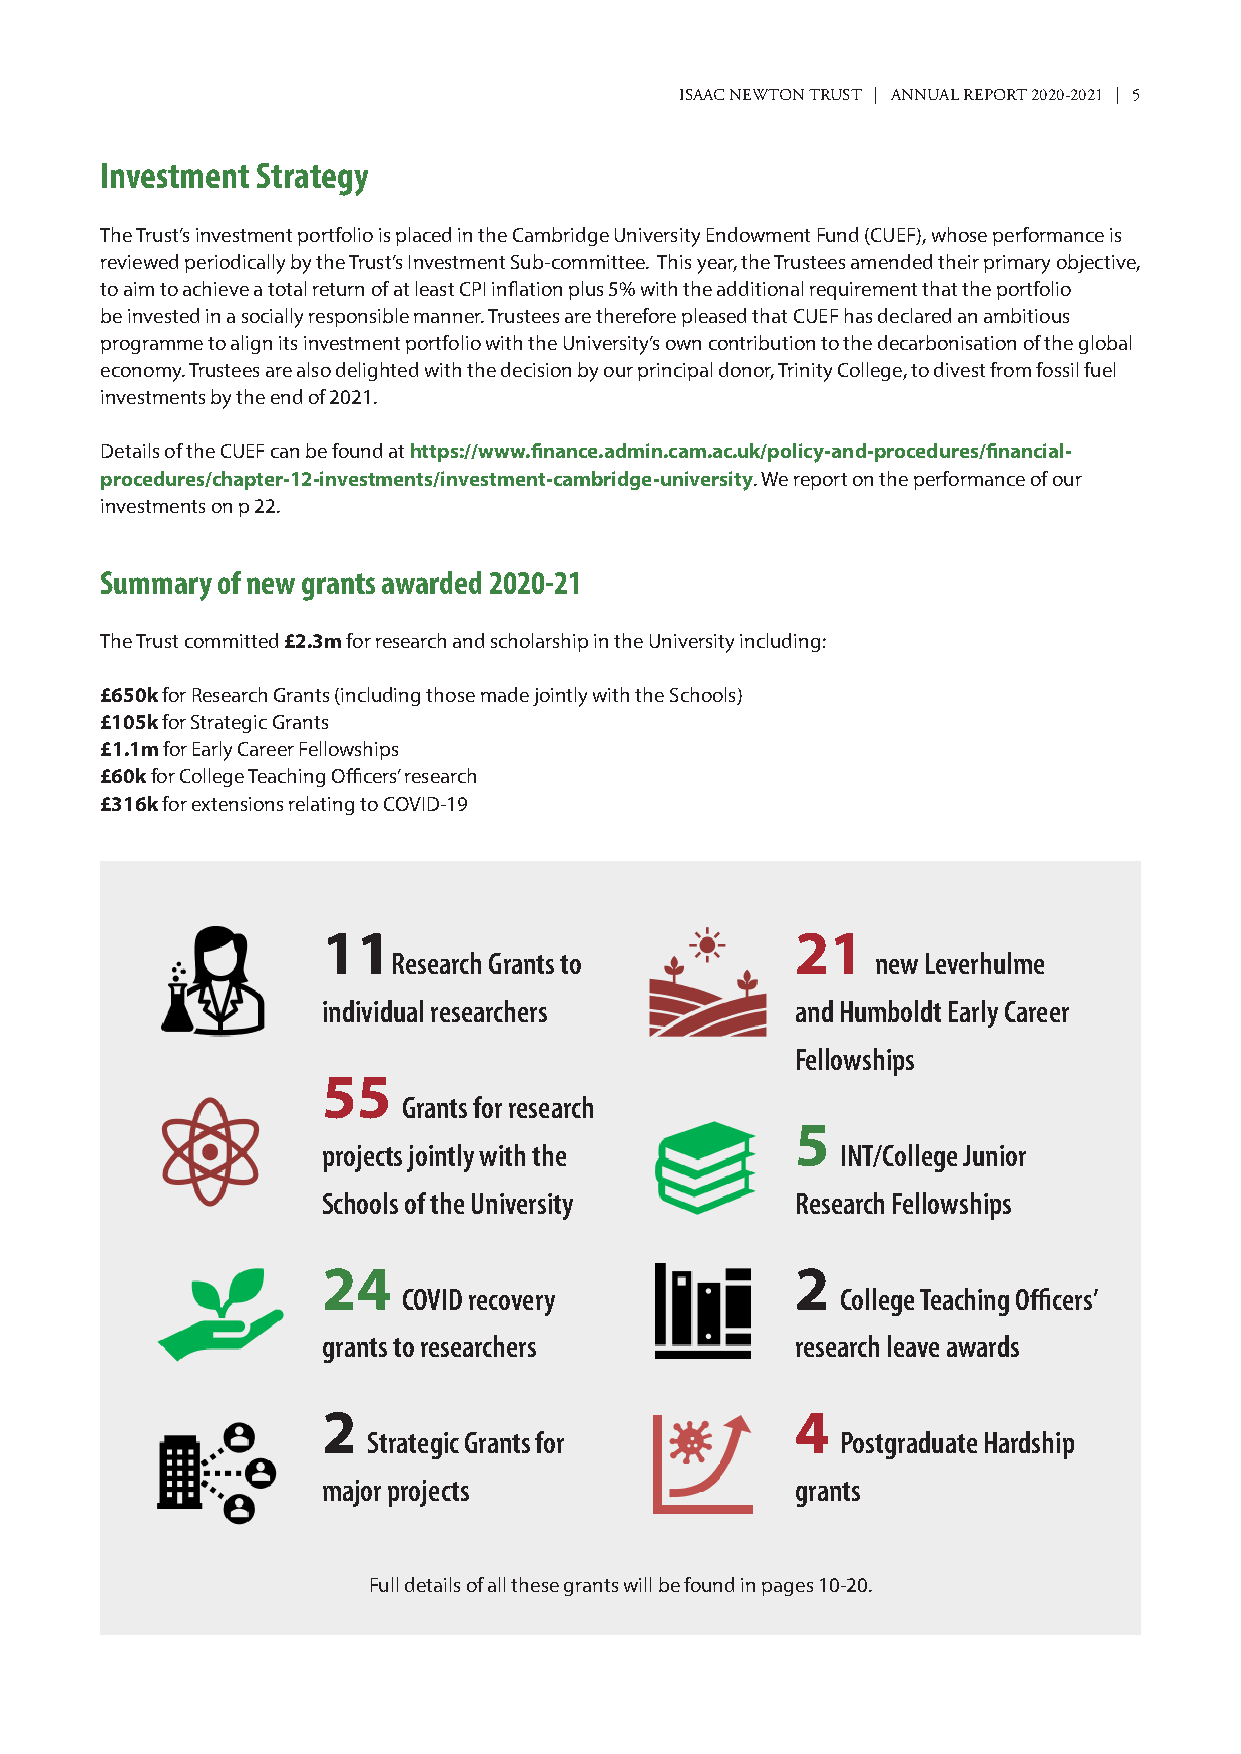
ISAAC NEWTON TRUST | ANNUAL REPORT 2020-2021 | 5
 Investment Strategy
 The Trust’s investment portfolio is placed in the Cambridge University Endowment Fund (CUEF), whose performance is
 reviewed periodically by the Trust’s Investment Sub-committee. This year, the Trustees amended their primary objective,
 to aim to achieve a total return of at least CPI inflation plus 5% with the additional requirement that the portfolio
 be invested in a socially responsible manner. Trustees are therefore pleased that CUEF has declared an ambitious
 programme to align its investment portfolio with the University’s own contribution to the decarbonisation of the global
 economy. Trustees are also delighted with the decision by our principal donor, Trinity College, to divest from fossil fuel
 investments by the end of 2021.
 Details of the CUEF can be found at https://www.finance.admin.cam.ac.uk/policy-and-procedures/financial-
 procedures/chapter-12-investments/investment-cambridge-university. We report on the performance of our
 investments on p 22.
 Summary of new grants awarded 2020-21
 The Trust committed £2.3m for research and scholarship in the University including:
 £650k for Research Grants (including those made jointly with the Schools)
 £105k for Strategic Grants
 £1.1m for Early Career Fellowships
 £60k for College Teaching Officers’ research
 £316k for extensions relating to COVID-19
 11                              21
 Research Grants to              new Leverhulme
 individual researchers          and Humboldt Early Career
 Fellowships
 55
 Grants for research
 5
 projects jointly with the          INT/College Junior
 Schools of the University       Research Fellowships
 24                              2
 COVID recovery               College Teaching Officers’
 grants to researchers           research leave awards
 2                               4
 Strategic Grants for            Postgraduate Hardship
 major projects                  grants
 Full details of all these grants will be found in pages 10-20.